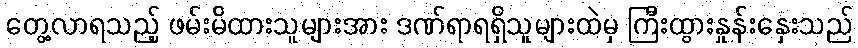
တွေ့လာရသည့် ဖမ်းမိထားသူများအား ဒဏ်ရာရရှိသူများထဲမှ ကြီးထွားနှုန်းနှေးသည်